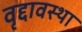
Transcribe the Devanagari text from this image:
वृद्दावस्था